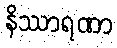
နိဿာရဏာ